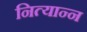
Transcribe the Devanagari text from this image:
नित्यान्न